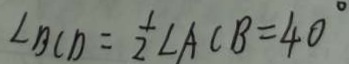
\angle B C D = \frac { 1 } { 2 } \angle A C B = 4 0 ^ { \circ }